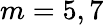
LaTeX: m=5,7